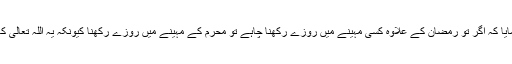
آپ نے فرمایا کہ اگر تو رمضان کے علاوہ کسی مہینے میں روزے رکھنا چاہے تو محرم کے مہینے میں روزے رکھنا کیونکہ یہ اللہ تعالیٰ کا مہینہ ہے۔